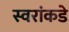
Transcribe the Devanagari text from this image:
स्वरांकडे